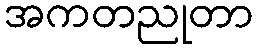
အကတညုတာ